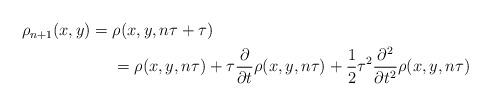
LaTeX: \begin{align*} \begin{aligned}\rho_{n+1}(x,y)={} & \rho(x,y,n\tau +\tau) \\ & =\rho(x,y,n\tau)+\tau\frac{\partial}{\partial t}\rho(x,y,n\tau)+\frac{1}{2}\tau^{2}\frac{\partial^{2}}{\partial t^{2}}\rho(x,y,n\tau)\end{aligned}\end{align*}